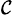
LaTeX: ^{\mathcal{C}}